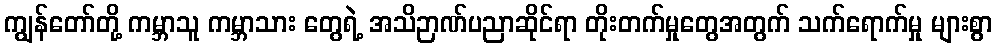
ကျွန်တော်တို့ ကမ္ဘာသူ ကမ္ဘာသား တွေရဲ့ အသိဉာဏ်ပညာဆိုင်ရာ တိုးတက်မှုတွေအတွက် သက်ရောက်မှု များစွာ